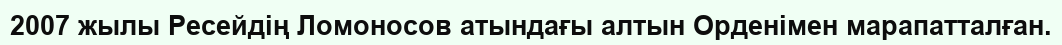
2007 жылы Ресейдің Ломоносов атындағы алтын Орденімен марапатталған.